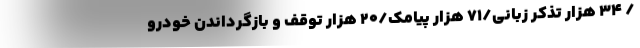
/ 34 هزار تذکر زبانی/71 هزار پیامک/20 هزار توقف و بازگرداندن خودرو